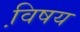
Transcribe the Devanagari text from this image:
वि़षय